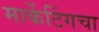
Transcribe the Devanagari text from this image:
मार्केटिंगचा